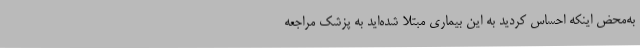
به‌محض اینکه احساس کردید به این بیماری مبتلا شده‌اید به پزشک مراجعه